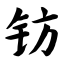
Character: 钫